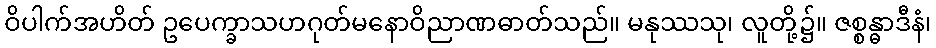
ဝိပါက်အဟိတ် ဥပေက္ခာသဟဂုတ်မနောဝိညာဏဓာတ်သည်။ မနုဿသု၊ လူတို့၌။ ဇစ္စန္ဓာဒီနံ၊